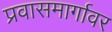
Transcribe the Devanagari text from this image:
प्रवासमार्गावर